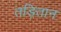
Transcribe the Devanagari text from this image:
तड़ितान